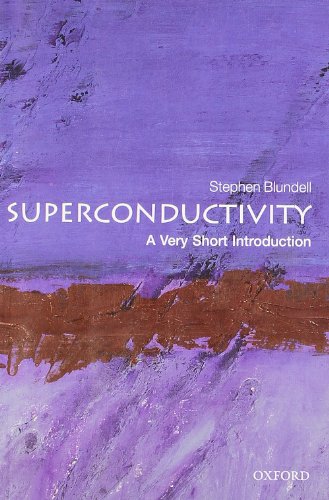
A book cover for Superconductivity: A Very Short Introduction; Stephen J. Blundell; Science & Math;